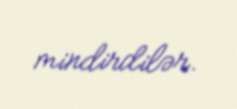
mindirdilər.